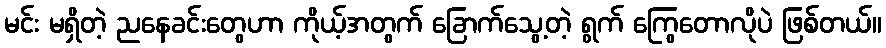
မင်း မရှိတဲ့ ညနေခင်းတွေဟာ ကိုယ့်အတွက် ခြောက်သွေ့တဲ့ ရွက် ကြွေတောလိုပဲ ဖြစ်တယ်။